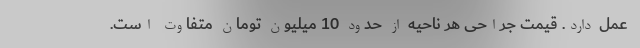
عمل دارد. قیمت جراحی هر ناحیه از حدود 10 میلیون تومان متفاوت است.